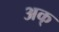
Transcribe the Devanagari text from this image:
अक्